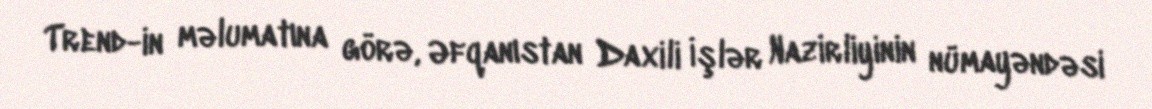
Trend-in məlumatına görə, Əfqanıstan Daxili İşlər Nazirliyinin nümayəndəsi